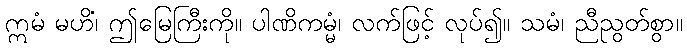
ဣမံ မဟိံ၊ ဤမြေကြီးကို။ ပါဏိကမ္မံ၊ လက်ဖြင့် လုပ်၍။ သမံ၊ ညီညွတ်စွာ။